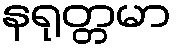
နရုတ္တမာ